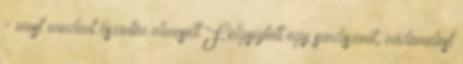
- most mindent őszintén elmesélt Felgyújtott egy sündisznót, vádemelést